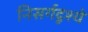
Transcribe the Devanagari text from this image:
निसर्गदृश्ये